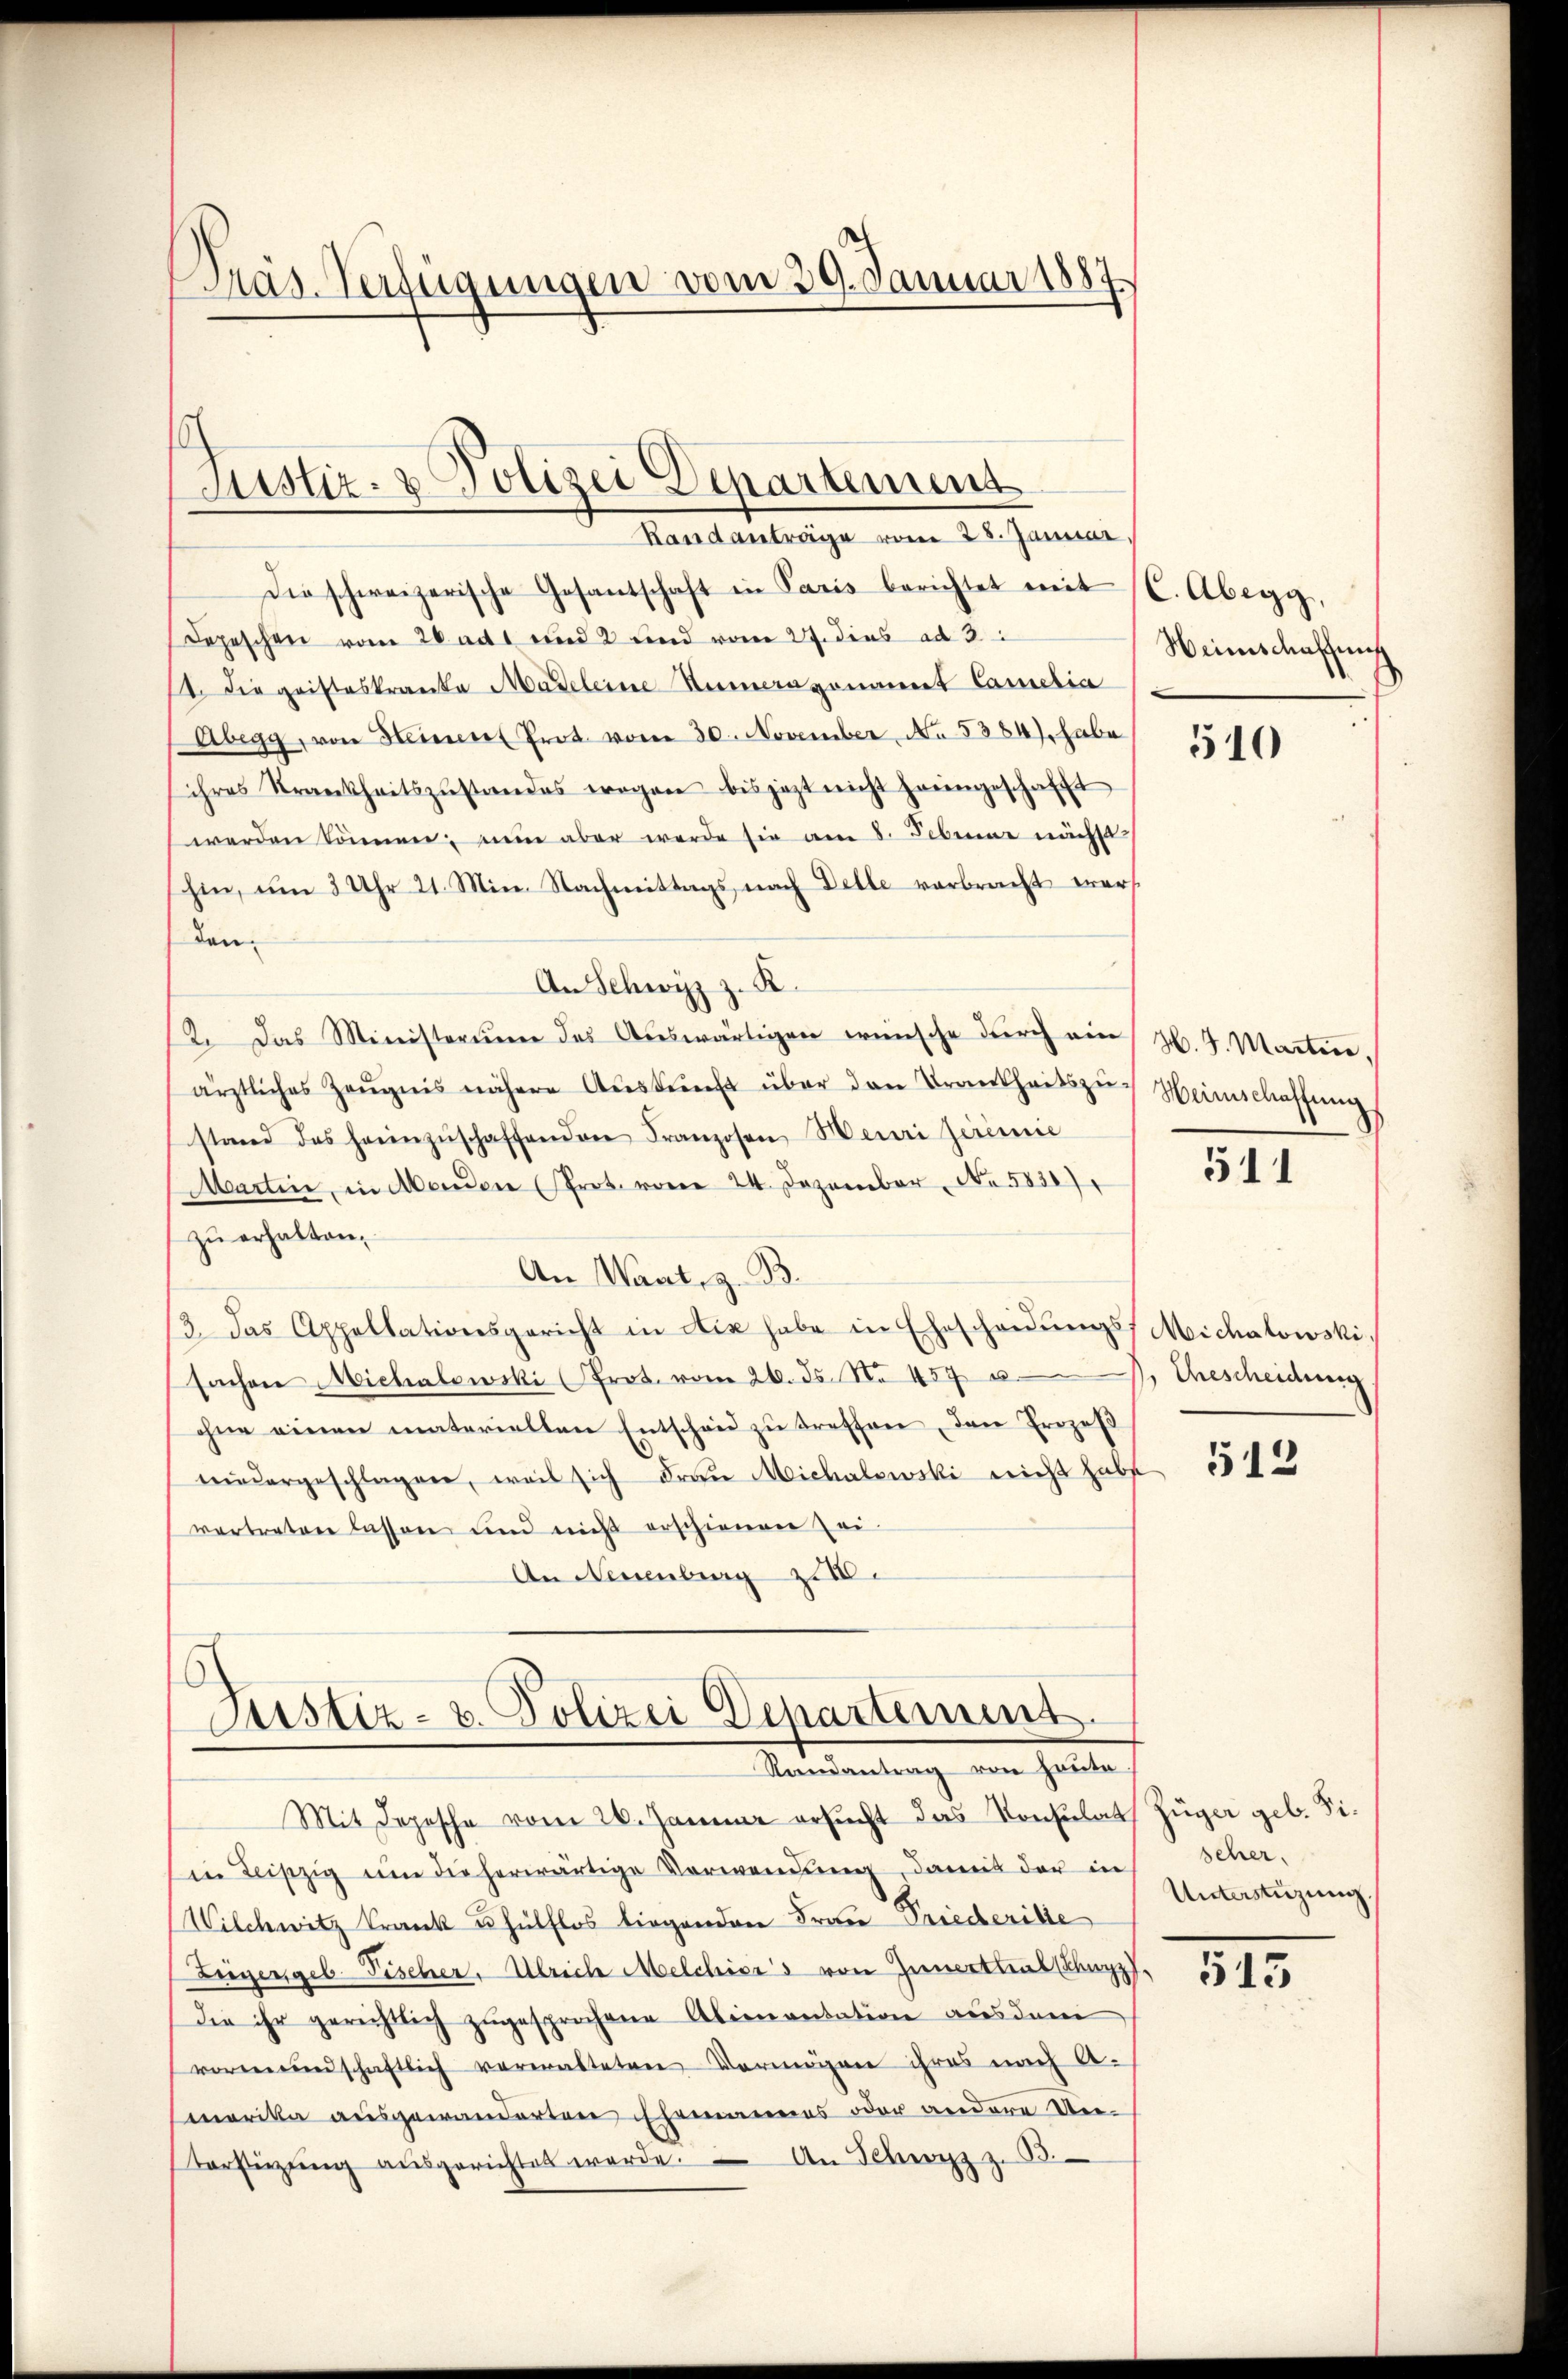
Präs. Verfügungen vom 29. Januar 1887

Justiz- & Polizei Departement
Randanträge vom 28. Januar,

Die schweizerische Gesantschaft in Paris berichtet mit (C. Abegg,
Depeschen vom 26 adt und 2 und vom 27. dies ad 3.
2 die gristeskranka Madeleine Numeragonant Camilia
Abegg, von Heiment Prot. vom 30. November, No. 5384), habe
ihres Strankheitszŭstandes wegen bis jezt nicht haengeschafft
werden können; nun aber werde sie am 8. Februar nächt
hin, um 3 Uhr 21. Min. Nachmittags nach Delle verbracht werden.
An Schwyz z. K.
12. Das Ministerium des Aŭswärtigen wünsche dŭrch ein Z. 7. Martin,
ärztliches Zeŭgnis nähere Aŭskŭnft über den Trankheitszŭ-Heimschaffungs
stand das heimzŭschaffenden Franzosen Meuri seremie
Martin, in Menden (Prot. vom 24. Dezember, No 5830)
zŭ erhalten.
An Waat, z. B.
3. Das Appellationsgericht in Aix habe in Ehescheidŭngs Michalowski,
sachen Michalowski (Prot. vom 26. ds. No 457 u. Ehescheidung
ohne einen materiellen Entscheid zu treffen, den Prozeß
niedergeschlagen, weil sich Frau Michalowski nicht habe
vertreten lassen und nicht erschienen Zei
An Neuenburg z

Justiz- & Polizei Departement.
Randantrag von heute.

Mit Depesche vom 26. Januar ersucht das Konsulat Züger geb. Fiin Leipzig um die herwärtige Verwendung, damit der in
Wilchwitz Krank u. hülflos birgenden Frau Priederike
Zügergeb. Fischer, Ulrich Melchiors von Innerthalschupp
die ihr gerichtlich zugesprochene Alimentation aus dem
vormundschaftlich verwalteten Vermögen ihres nach A-
merika ausgewanderten Ehemannes oder andere Ue¬
Vorsitzŭng aŭsgerichtet werde. An Schwyz z. B.

Weinschaffung

510

511

512

scher.
Unterstüzung

515